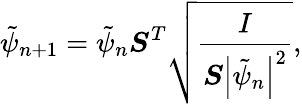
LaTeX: \tilde{\psi}_{n+1}=\tilde{\psi}_{n}\boldsymbol{S}^{T}\sqrt{\frac{I}{\boldsymbol{S}\left|\tilde{\psi}_{n}\right|^{2}}},